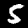
Label: 5